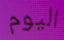
اليوم